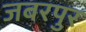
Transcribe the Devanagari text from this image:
जबरपुर